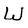
Character: W